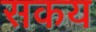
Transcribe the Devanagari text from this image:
सकय